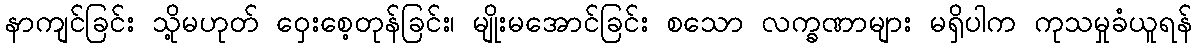
နာကျင်ခြင်း သို့မဟုတ် ဝှေးစေ့တုန်ခြင်း၊ မျိုးမအောင်ခြင်း စသော လက္ခဏာများ မရှိပါက ကုသမှုခံယူရန်